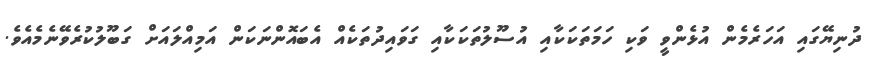
ދުނިޔޭގައި އަހަރެމެން އުޅެންވީ ވަކި ހަމަތަކަކާއި އުސޫލުތަކަކާއި ގަވައިދުތަކެއް އެބައޮންނަކަން އަމިއްލައަށް ގަބޫލުކުރެވޭނެމެއެވެ.